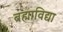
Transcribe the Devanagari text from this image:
ब्रह्माविद्या